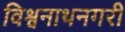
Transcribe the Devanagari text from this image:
विश्वनाथनगरी